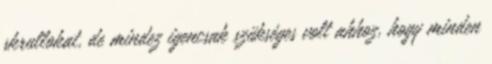
skrullokat, de mindez igencsak szükséges volt ahhoz, hogy minden